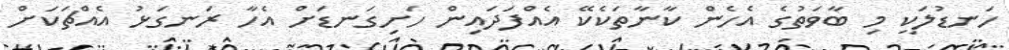
ހަނޑުލަކީ މި ބާވަތުގެ އެހެން ކާނާތަކެކޭ އެއްފަދައިން ހަށިގަނޑަށް އެހާ ރަނގަޅު އެއްޗަކަށް